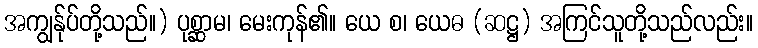
အကျွန်ုပ်တို့သည်။) ပုစ္ဆာမ၊ မေးကုန်၏။ ယေ စ၊ ယေဓ (ဆဋ္ဌ) အကြင်သူတို့သည်လည်း။